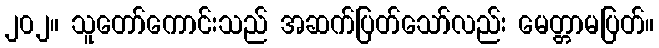
၂၀၂။ သူတော်ကောင်းသည် အဆက်ပြတ်သော်လည်း မေတ္တာမပြတ်။